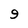
Character: 9